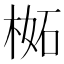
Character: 𣔧